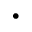
\cdot